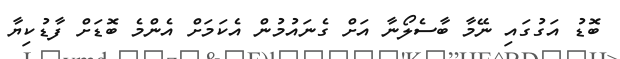
ބޮޑު އަގުގައި ނޭމާ ބާސެލޯނާ އަށް ގެނައުމުން އެކަމަށް އެންމެ ބޮޑަށް ފާޑުކިޔާ